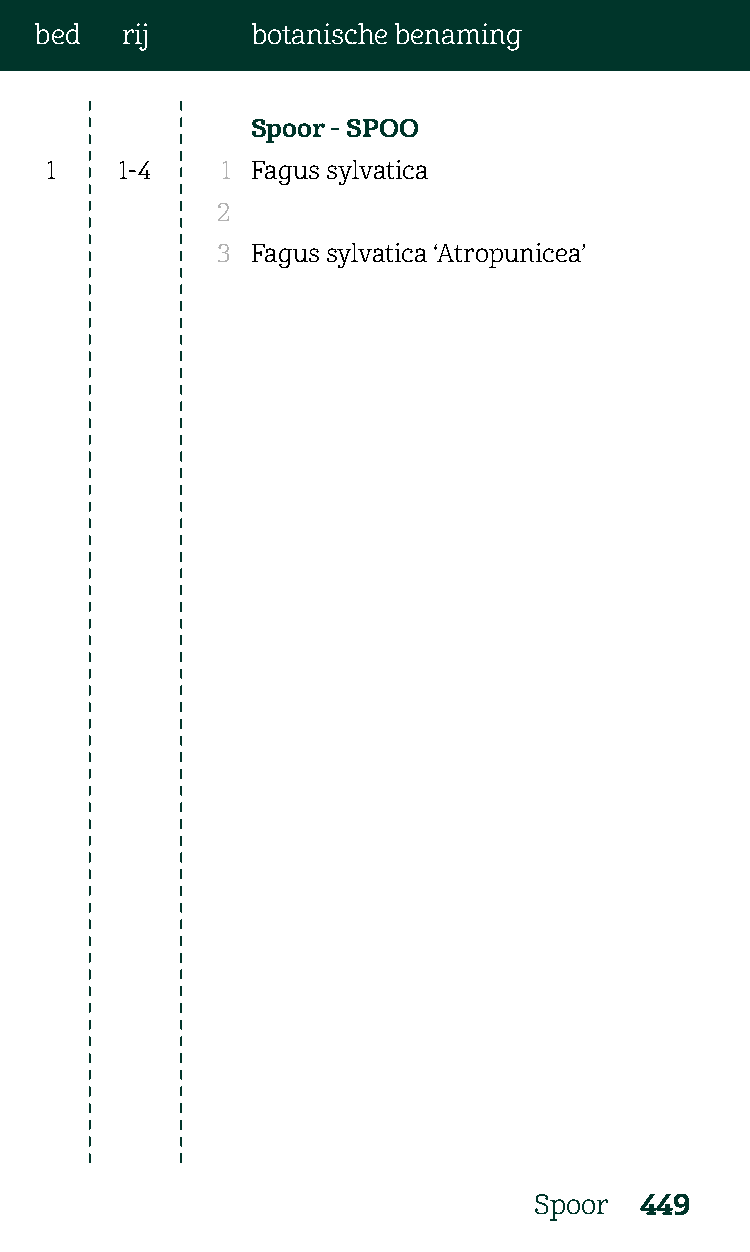
bed   rij      botanische benaming
 Spoor - SPOO
 1    1-4    1 Fagus sylvatica
 2
 3  Fagus sylvatica ‘Atropunicea’
 Spoor  449